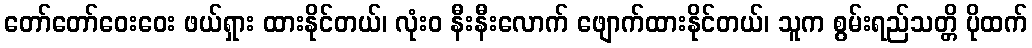
တော်တော်ဝေးဝေး ဖယ်ရှား ထားနိုင်တယ်၊ လုံးဝ နီးနီးလောက် ဖျောက်ထားနိုင်တယ်၊ သူက စွမ်းရည်သတ္တိ ပိုထက်